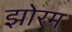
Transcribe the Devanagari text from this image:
झोरम